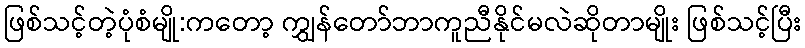
ဖြစ်သင့်တဲ့ပုံစံမျို:ကတော့ ကျွှန်တော်ဘာကူညီနိုင်မလဲဆိုတာမျိုး ဖြစ်သင့်ပြီး